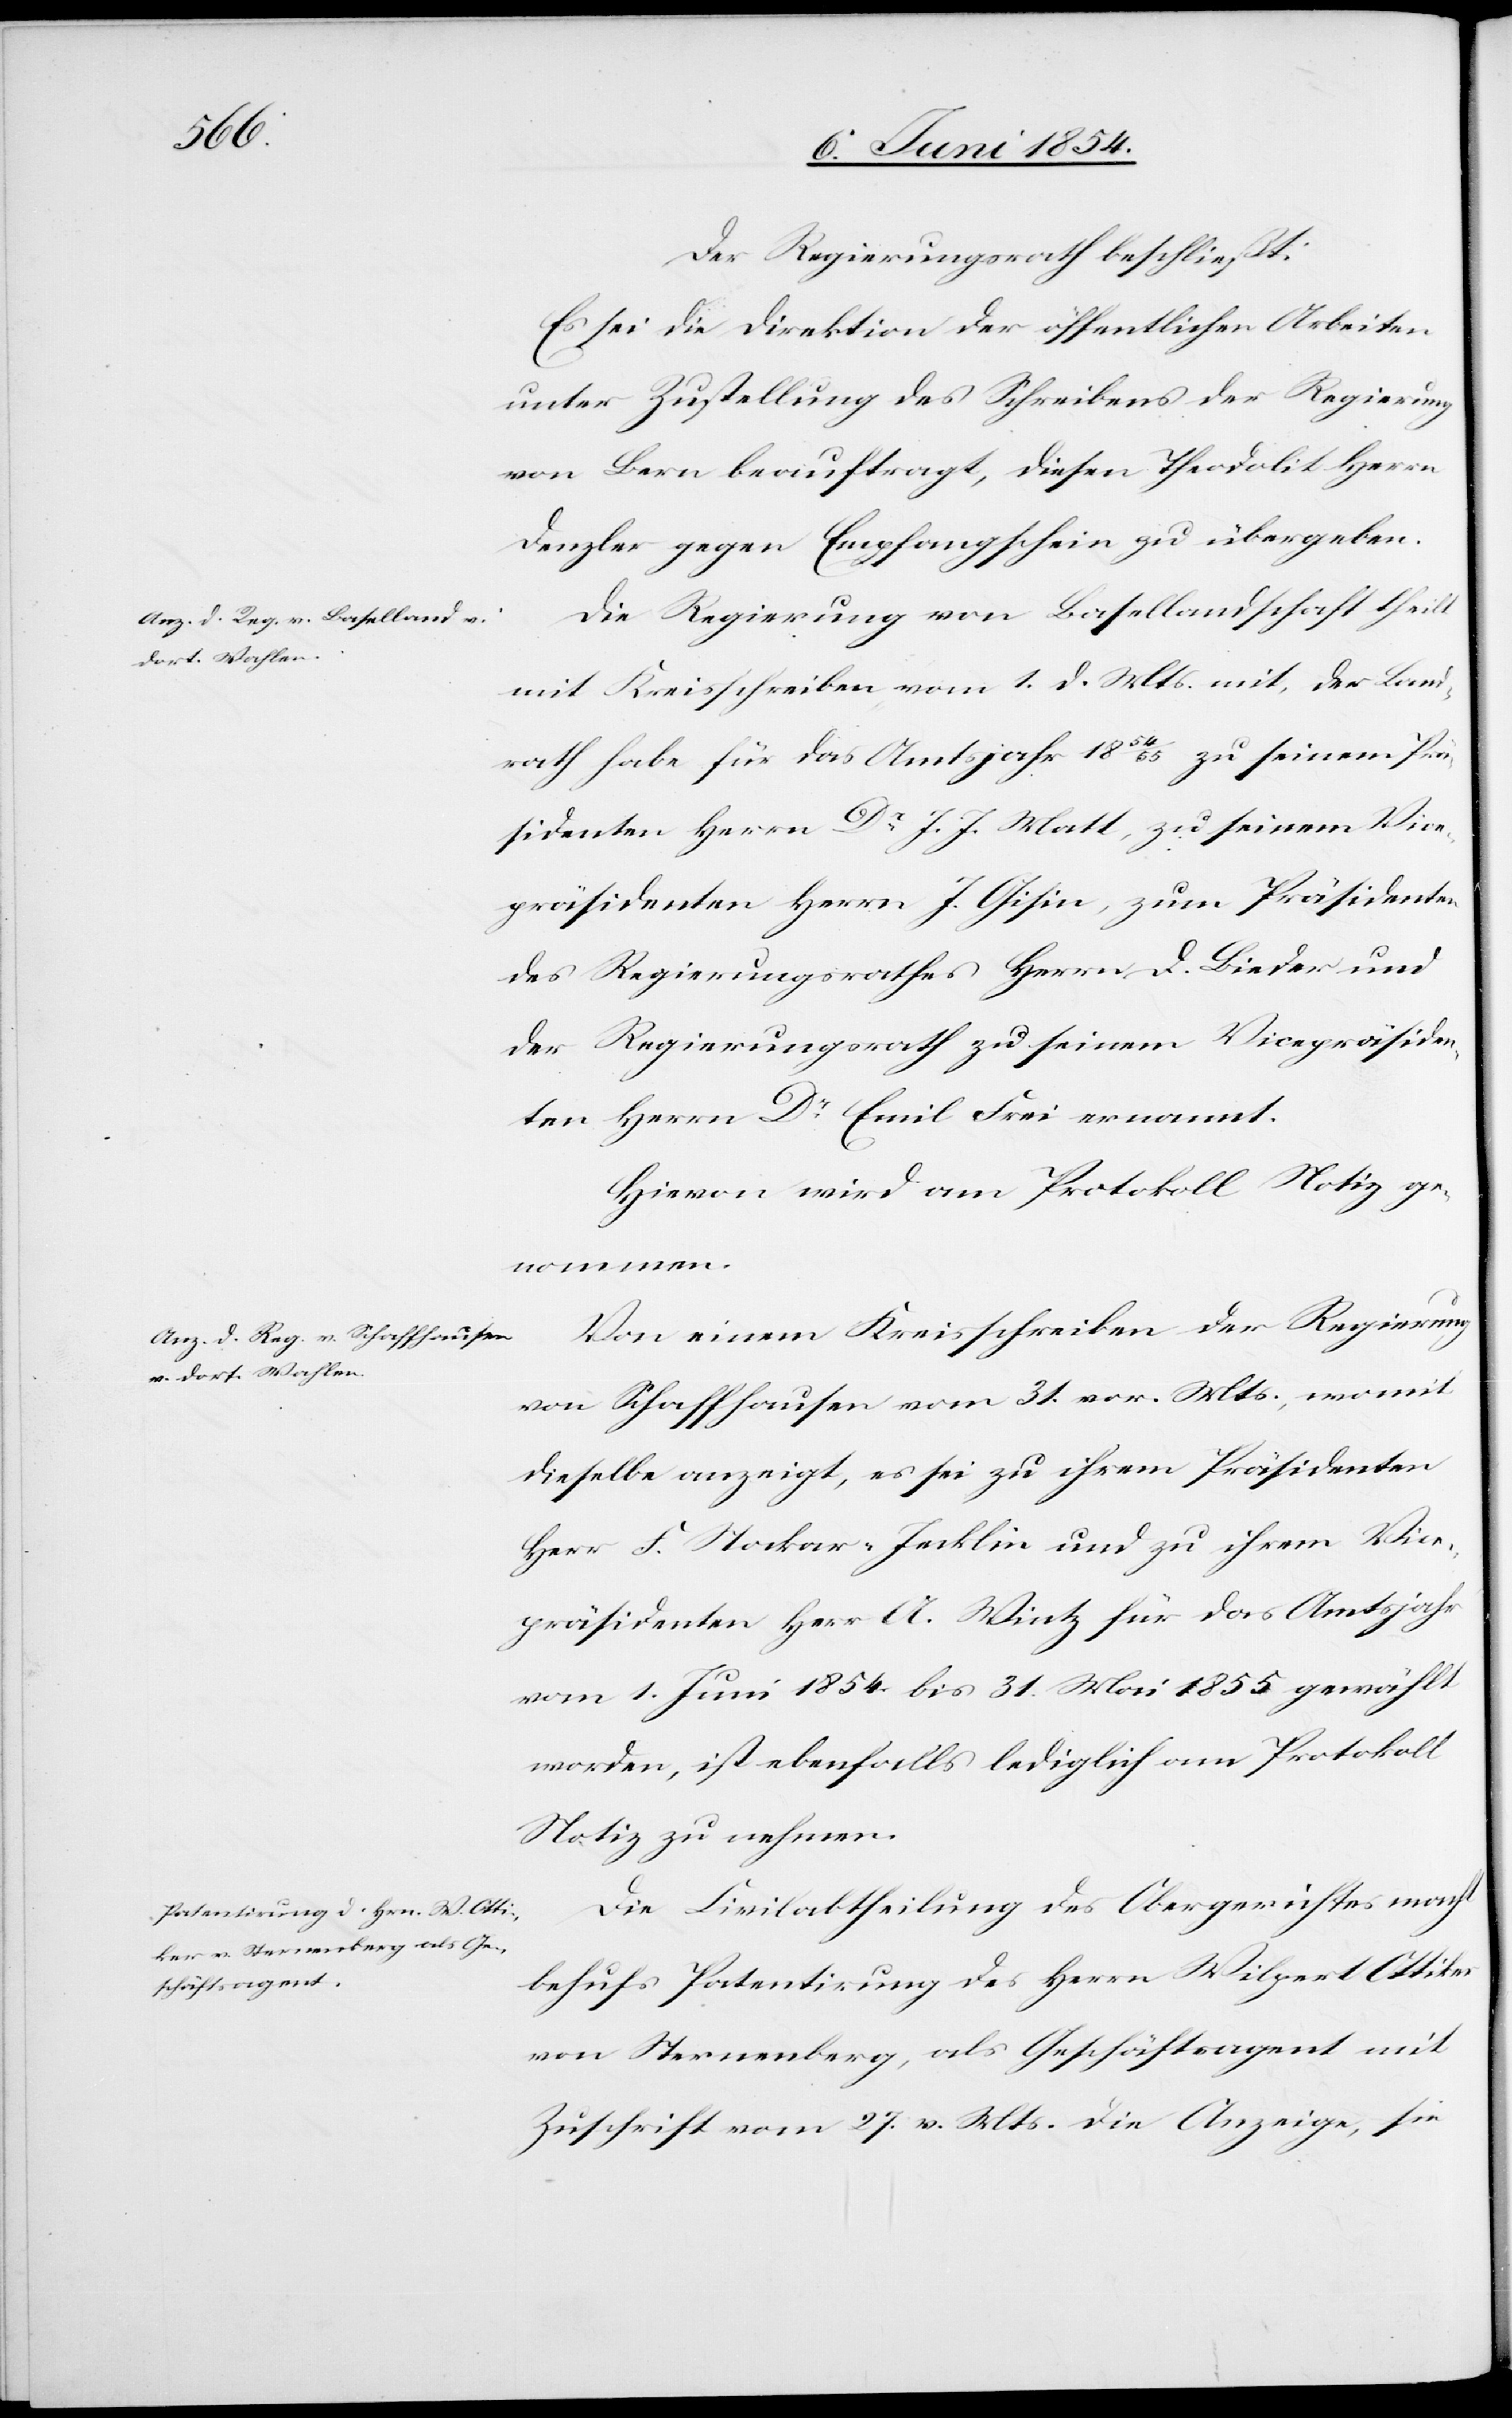
Der Regierungsrath beschließt:
Es sei die Direktion der öffentlichen Arbeiten
unter Zustellung des Schreibens der Regierung
von Bern beauftragt, diesen Theodoliten Herrn
Denzler gegen Empfangschein zu übergeben.
Die Regierung von Basellandschaft theilt
mit Kreisschreiben vom 1. d. Mts. mit, der Land¬
rath habe für das Amtsjahr 1854/55 zu seinem Prä¬
sidenten Herrn Dr J. J. Matt, zu seinem Vice¬
präsidenten Herrn J. Gisin, zum Präsidenten
des Regierungsrathes Herrn D. Bieder und
der Regierungsrath zu seinem Vicepräsiden¬
ten Herrn Dr Emil Frei ernannt.
Hievon wird am Protokoll Notiz ge¬
nommen.
Von einem Kreisschreiben der Regierung
von Schaffhausen vom 31. vor. Mts., womit
dieselbe anzeigt, es sei zu ihrem Präsidenten
Herr F. Stockar-Jecklin und zu ihrem Vice¬
präsidenten Herr A. Wintz für das Amtsjahr
vom 1. Juni 1854 bis 31. Mai 1855 gewählt
worden, ist ebenfalls lediglich am Protokoll
Notiz zu nehmen.
Die Civilabtheilung des Obergerichtes macht
behufs Patentirung des Herrn Wilpert Ottiker
von Sternenberg, als Geschäftsagent mit
Zuschrift vom 27. v. Mts. die Anzeige, sie